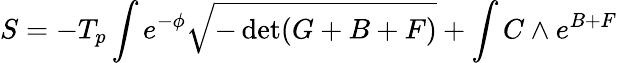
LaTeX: S=-T_{p}\int e^{-\phi}\sqrt{-\operatorname*{det}(G+B+F)}+\int C\wedge e^{B+F}